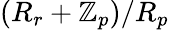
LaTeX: (R_{r}+\mathbb{Z}_{p})/R_{p}